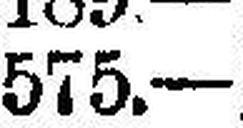
575.—